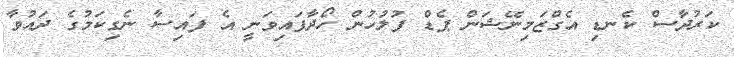
ކަރުދާސް ކެނޑި އެގްޒަމިނޭޝަން ޕެޑް ފުލުހުން ހޯދާފައިވަނީ އެ ފައިސާ ނެގިކަމުގެ ދައުވާ